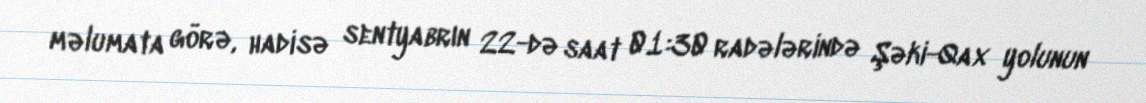
məlumata görə, hadisə sentyabrın 22-də saat 01:30 radələrində Şəki-Qax yolunun